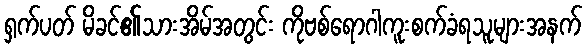
ရှက်ပတ် မိခင်၏သားအိမ်အတွင်း ကိုဗစ်ရောဂါကူးစက်ခံရသူများအနက်